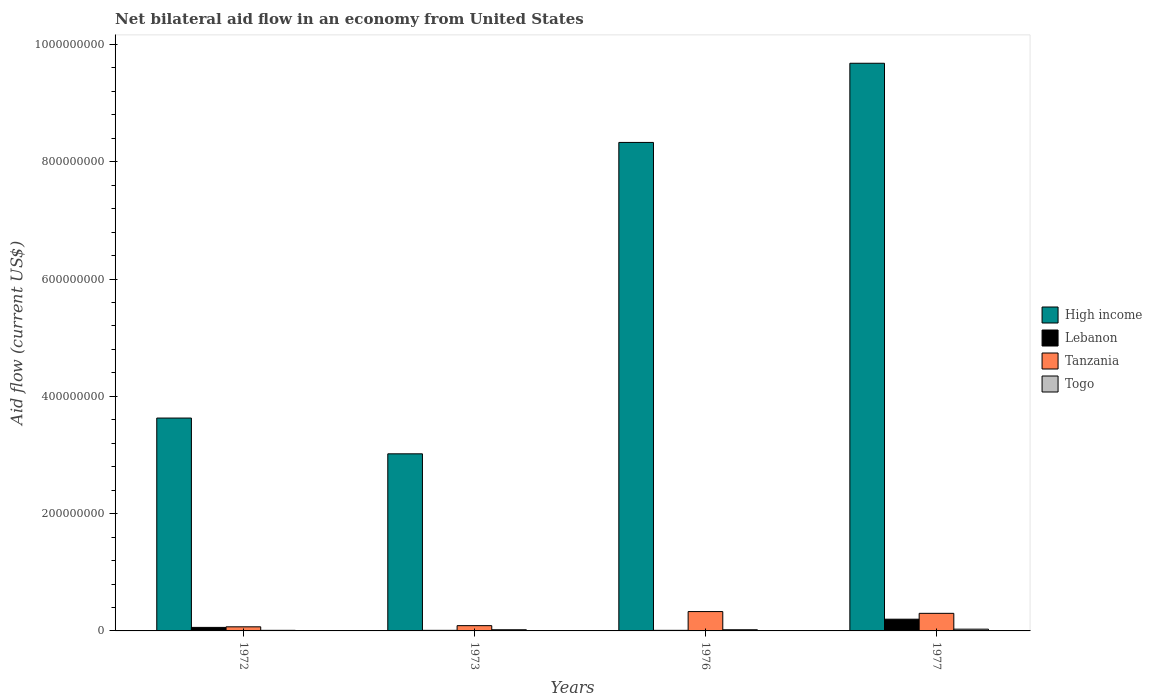
| Years | High income | Lebanon | Tanzania | Togo |
 | --- | --- | --- | --- | --- |
 | 1972 | 3.63e+08 | 6e+06 | 7e+06 | 1e+06 |
 | 1973 | 3.02e+08 | 1e+06 | 9e+06 | 2e+06 |
 | 1976 | 8.33e+08 | 1e+06 | 3.3e+07 | 2e+06 |
 | 1977 | 9.68e+08 | 2e+07 | 3e+07 | 3e+06 |